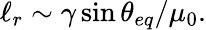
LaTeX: \ell_{r}\sim\gamma\sin{\theta_{eq}}/\mu_{0}.